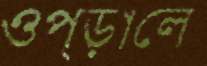
ওপ্‌ড়ালে